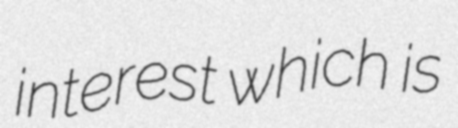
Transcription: interest which is